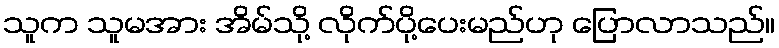
သူက သူမအား အိမ်သို့ လိုက်ပို့ပေးမည်ဟု ပြောလာသည်။